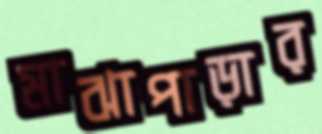
মাঝাপাড়ার